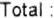
TOTAL: